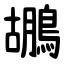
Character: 鶘